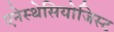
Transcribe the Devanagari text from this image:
एनेस्थेसियोजिस्ट